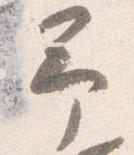
予